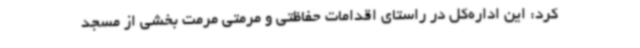
کرد: این اداره‌کل در راستای اقدامات حفاظتی و مرمتی مرمت بخشی از مسجد